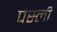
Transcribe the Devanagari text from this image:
पेस्ली